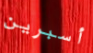
أسبرين